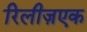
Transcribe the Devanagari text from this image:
रिलीज़एक